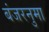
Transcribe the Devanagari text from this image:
बंजरनुमा